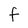
Character: f